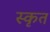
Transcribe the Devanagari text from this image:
स्कृत